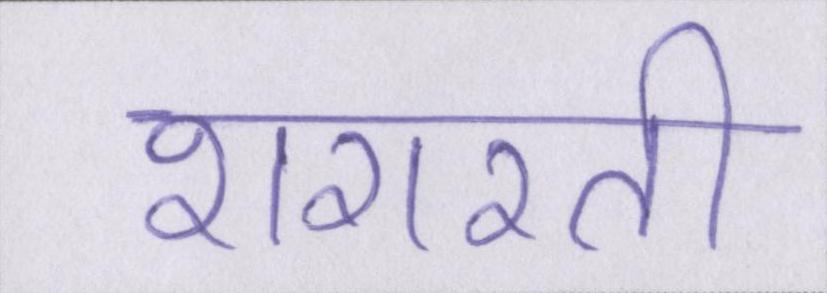
शरारती